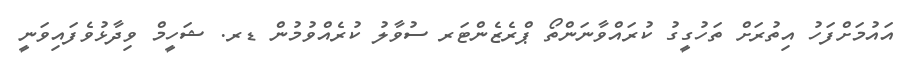
އައުމަށްފަހު އިތުރަށް ތަހުގީގު ކުރައްވާނަންތޯ ޕްރެޒެންޓަރ ސުވާލު ކުރެއްވުމުން ޑރ. ޝަހީމް ވިދާޅުވެފައިވަނީ